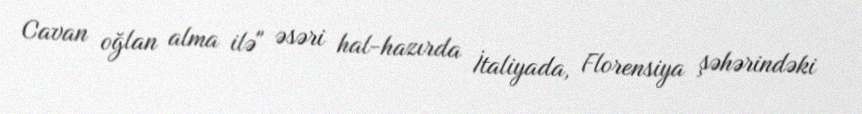
Cavan oğlan alma ilə" əsəri hal-hazırda İtaliyada, Florensiya şəhərindəki